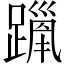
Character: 𫏦